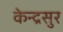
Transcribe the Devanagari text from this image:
केन्द्रसुर